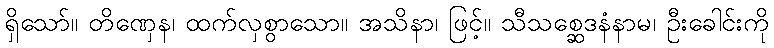
ရှိသော်။ တိဏှေန၊ ထက်လှစွာသော။ အသိနာ၊ ဖြင့်။ သီသစ္ဆေဒနံနာမ၊ ဦးခေါင်းကို